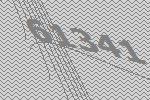
61341